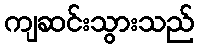
ကျဆင်းသွားသည်